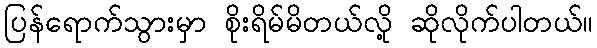
ပြန်ရောက်သွားမှာ စိုးရိမ်မိတယ်လို့ ဆိုလိုက်ပါတယ်။